system: You are a helpful assistant.
user:
Analyze the provided spectrum to determine if it is a **"Cataclysmic Variables (CV)"**.

- **Key Indicators for CV (Check for either state):**
    - **State 1: Quiescent / Low-State (Emission-Dominated)**
        - **(Primary):** Strong and *very broad* Hydrogen Balmer emission lines (e.g., $H\alpha$ at 6563 Å, $H\beta$ at 4861 Å). The 'broadness' (high velocity dispersion, often FWHM > 1000 km/s) is the key diagnostic, indicating a high-velocity accretion disk.
        - **(Secondary):** Broad neutral Helium (He I) emission lines (e.g., 5876 Å, 6678 Å).
        - **(Key Confirmation):** Presence of high-excitation *ionized* Helium (He II) emission at 4686 Å. This is a strong indicator of accretion onto a white dwarf.
        - **(Line Profile):** Emission lines may exhibit a 'double-peaked' profile, which is a classic signature of a rotating accretion disk viewed at high inclination.

    - **State 2: Outburst / High-State (Absorption-Dominated)**
        - **(Primary):** Spectrum is dominated by a bright, blue continuum (looks like a hot star).
        - **(Secondary):** The emission lines from State 1 are weak, absent, or 'filled in', and are replaced by broad, shallow *absorption* lines (primarily Balmer and He I).
        - **(Morphology):** The overall spectrum mimics a hot B/A-type star. The crucial difference is that the absorption lines are significantly broader, shallower, and more 'washed-out' (or 'smeared') than the sharp lines of a normal stellar photosphere, due to high rotational speeds and pressure broadening in the disk.

Think first, call **spectral_visualization_tool** if needed to examine features in detail, then provide your final answer. Your response must adhere to the following strict rules:
1.  **Overall Structure:** Your response must follow the format `<think>...</think> <tool_call>...</tool_call> (if a tool is used) <answer>...</answer>`.
2.  **Tool Usage Constraint:** You may only make **one** tool call per turn.
3.  **Final Answer Format:** In the `<answer>` tag, your conclusion must be inside a `\boxed{}` command (e.g., `\boxed{YES}`), followed by your justification.

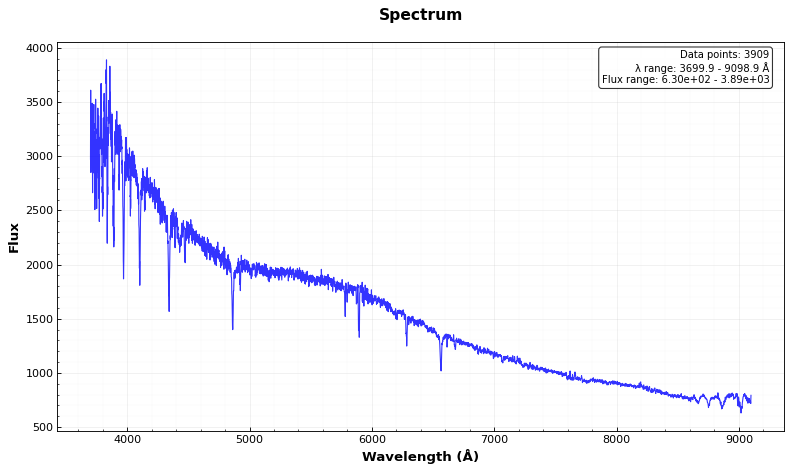
Answer: NO